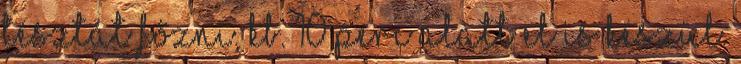
tésztát főzni, kb. 10 perc alatt el is készül.